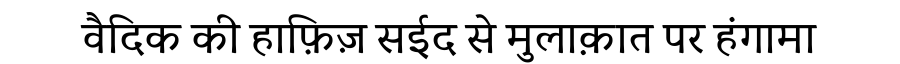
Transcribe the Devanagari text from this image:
वैदिक की हाफ़िज़ सईद से मुलाक़ात पर हंगामा